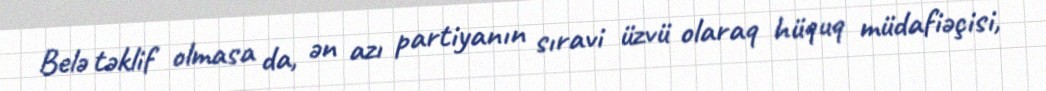
Belə təklif olmasa da, ən azı partiyanın sıravi üzvü olaraq hüquq müdafiəçisi,